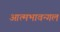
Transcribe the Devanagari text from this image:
आत्मभावन्गल